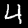
Digit: 4